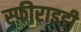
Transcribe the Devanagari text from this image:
स्फ़ीराइडी